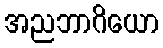
အညဘာဂိယော